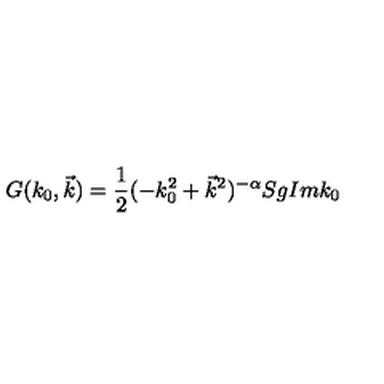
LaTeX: G ( k _ { 0 } , \vec { k } ) = \frac { 1 } { 2 } ( - k _ { 0 } ^ { 2 } + \vec { k } ^ { 2 } ) ^ { - \alpha } S g I m k _ { 0 }